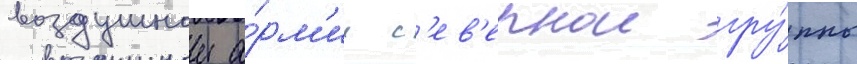
воздушнои а́рм'ии с'ев'ернои гру́ппы